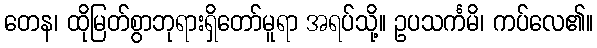
တေန၊ ထိုမြတ်စွာဘုရားရှိတော်မူရာ အရပ်သို့။ ဥပသင်္ကမိ၊ ကပ်လေ၏။